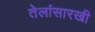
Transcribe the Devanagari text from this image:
तेलांसारखी